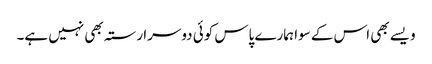
ویسے بھی اس کے سوا ہمارے پاس کوئی دوسرا رستہ بھی نہیں ہے۔